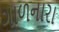
ગાળનારા